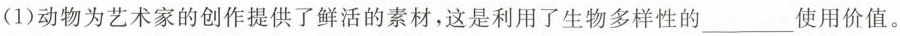
(1)动物为艺术家的创作提供了鲜活的素材，这是利用了生物多样性的\underline使用价值。